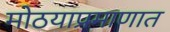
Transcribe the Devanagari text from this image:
मोठयाप्रमाणात